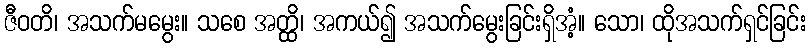
ဇီဝတိ၊ အသက်မမွေး။ သစေ အတ္ထိ၊ အကယ်၍ အသက်မွေးခြင်းရှိအံ့။ သော၊ ထိုအသက်ရှင်ခြင်း